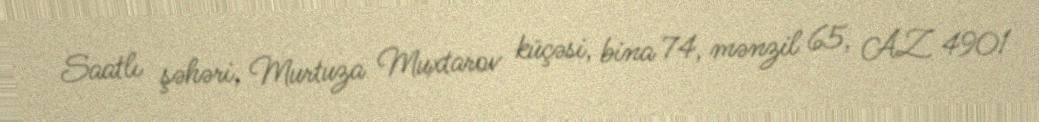
Saatlı şəhəri, Murtuza Muxtarov küçəsi, bina 74, mənzil 65, AZ 4901